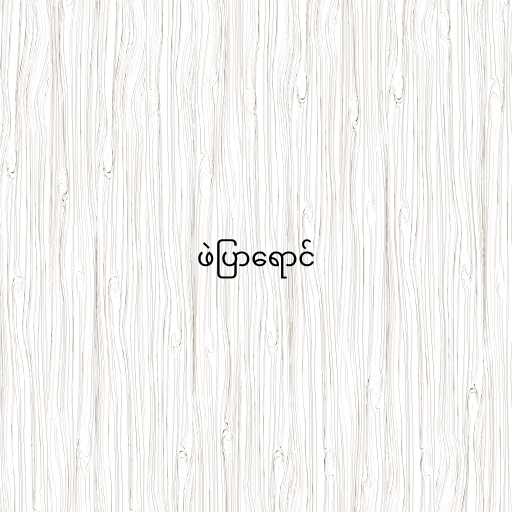
ဖဲပြာရောင်